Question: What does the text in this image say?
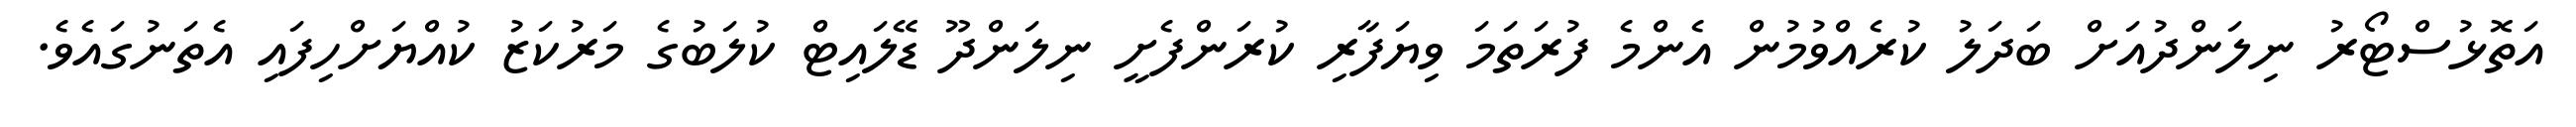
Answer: އަތޮޅުސްޓޯރު ނިލަންދުއަށް ބަދަލު ކުރެއްވުމުން އެންމެ ފުރަތަމަ ވިޔަފާރި ކުރަންފެށީ ނިލަންދޫ ޑޭލައިޓް ކުލަބުގެ މަރުކަޒު ކުއްޔަށްހިފައި އެތަނުގައެވެ.